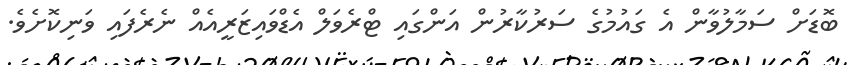
ބޮޑަށް ސަމާލުވާން އެ ގައުމުގެ ސަރުކާރުން އަންގައި ޓްރެވަލް އެޑްވައިޒަރީއެއް ނެރެފައި ވަނިކޮށެވެ.